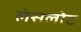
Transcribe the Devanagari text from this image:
लंसलोट